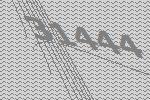
31444